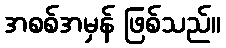
အစစ်အမှန် ဖြစ်သည်။